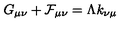
G _ { \mu \nu } + { \cal F } _ { \mu \nu } = \Lambda k _ { \nu \mu }